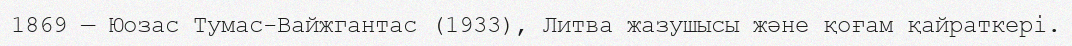
1869 — Юозас Тумас-Вайжгантас (1933), Литва жазушысы және қоғам қайраткері.